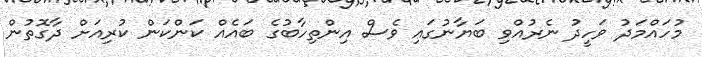
މުހައްމަދު ވަހީދު ނެރުއްވި ބަޔާނުގައި ވެސް އިންތިހާބުގެ ބައެއް ކަންކަން ކުރިއަށް ދާގޮތުން